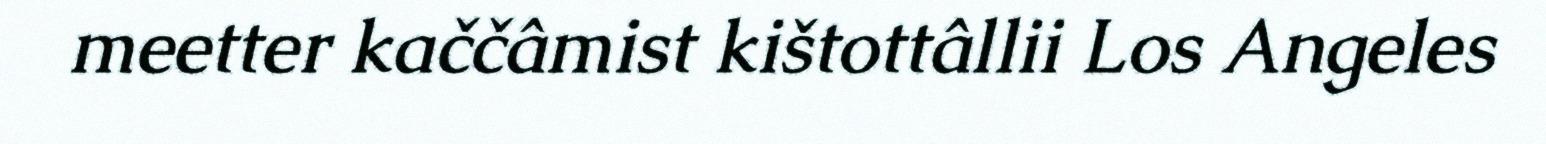
meetter kaččâmist kištottâllii Los Angeles